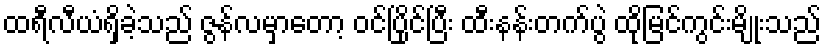
ထရီလီယံရှိခဲ့သည် ဇွန်လမှာတော့ ဝင်ပြိုင်ပြီး ထီးနန်းတက်ပွဲ ထိုမြင်ကွင်းမျိုးသည်